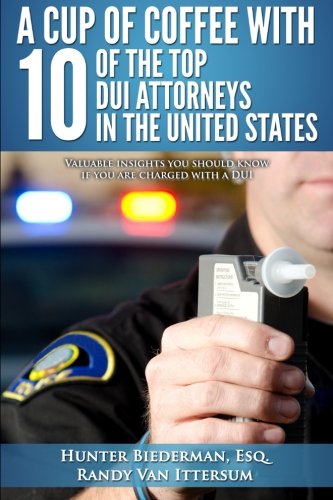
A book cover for A Cup Of Coffee With 10 Of The Top DUI Attorneys In The United States: Valuable insights you should know if you are charged with a DUI; Hunter Biederman Esq.; Law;